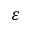
\varepsilon